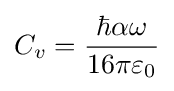
C_{v}={\hbar \alpha \omega  \over 16\pi \varepsilon _{0}}